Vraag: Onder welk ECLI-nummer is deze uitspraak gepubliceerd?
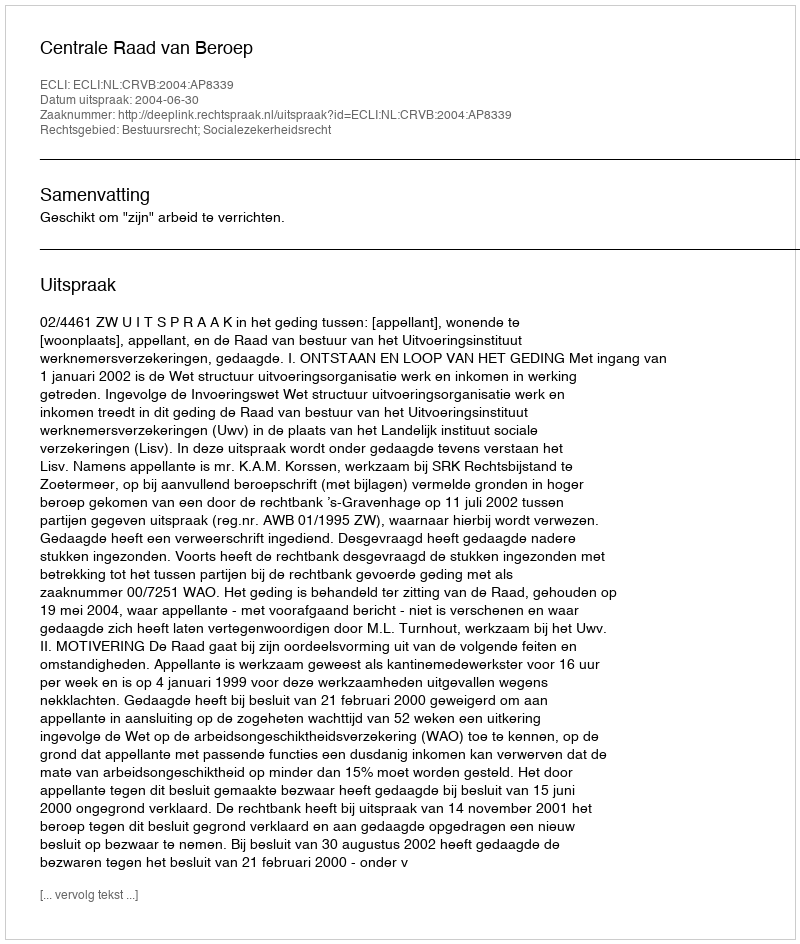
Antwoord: ECLI:NL:CRVB:2004:AP8339